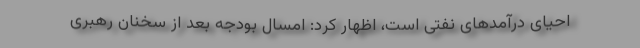
احیای درآمدهای نفتی است، اظهار کرد: امسال بودجه بعد از سخنان رهبری